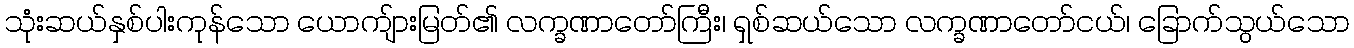
သုံးဆယ်နှစ်ပါးကုန်သော ယောကျ်ားမြတ်၏ လက္ခဏာတော်ကြီး၊ ရှစ်ဆယ်သော လက္ခဏာတော်ငယ်၊ ခြောက်သွယ်သော